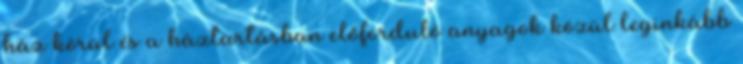
ház körül és a háztartásban előforduló anyagok közül leginkább